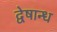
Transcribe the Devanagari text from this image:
द्वेषान्ध